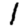
Digit: 1